Document type: Sale
Year: 1209
Scribe: Arnau de Torre
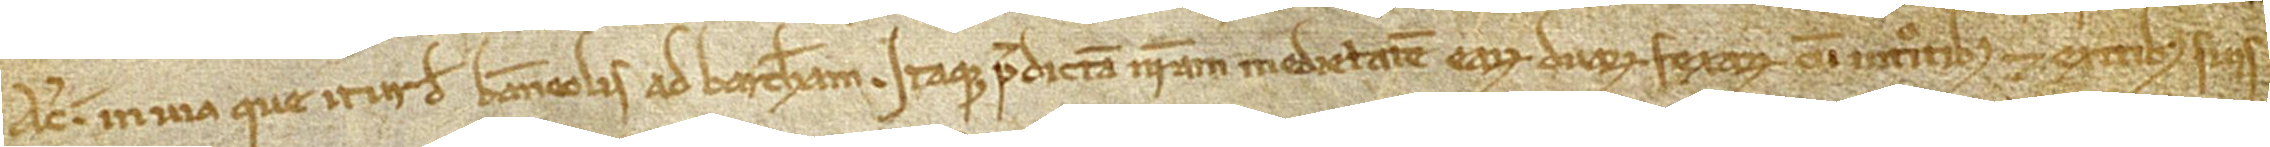
a circio in via que itur de Banneolis ad Barchinonam. Itaque predictam nostram medietatem earum duarum fexarum, cum introitibus et exitibus suis,